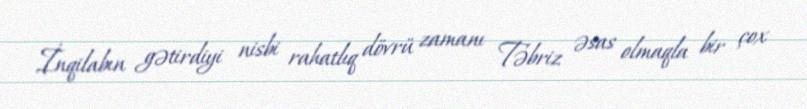
İnqilabın gətirdiyi nisbi rahatlıq dövrü zamanı Təbriz əsas olmaqla bir çox